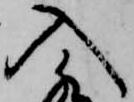
入